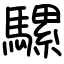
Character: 騾